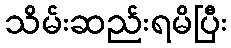
သိမ်းဆည်းရမိပြီး